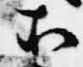
所